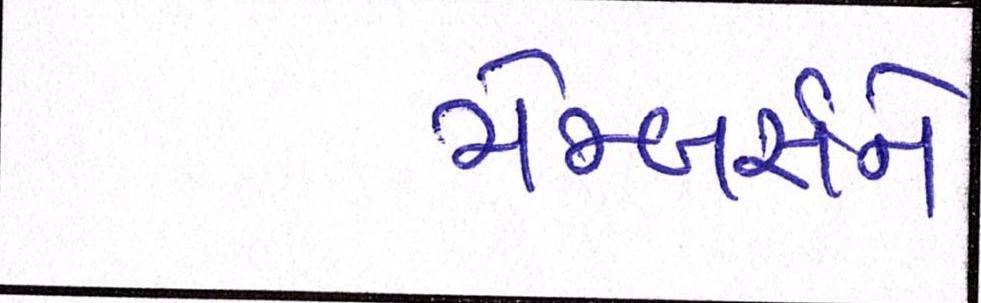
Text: મેમ્બર્સને